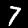
Digit: 7